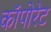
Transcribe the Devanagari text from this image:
कॉपोरेट